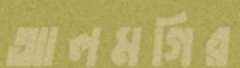
আলমগির